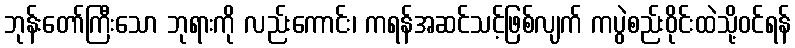
ဘုန်းတော်ကြီးသော ဘုရားကို လည်းကောင်း၊ ကရန်အဆင်သင့်ဖြစ်လျက် ကပွဲစည်းဝိုင်းထဲသို့ဝင်ရန်